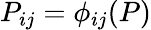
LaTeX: P_{ij}=\phi_{ij}(P)